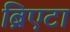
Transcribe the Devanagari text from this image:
ब्रिएटा